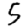
Digit: 5